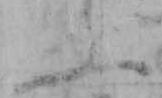
ふ